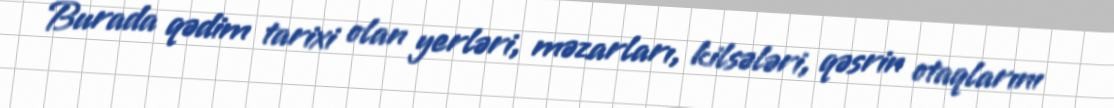
Burada qədim tarixi olan yerləri, məzarları, kilsələri, qəsrin otaqlarını